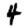
Digit: 4